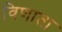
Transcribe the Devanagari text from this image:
विणाता